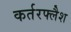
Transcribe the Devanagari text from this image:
कर्तरफ्लैश